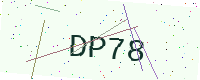
Text: DP78